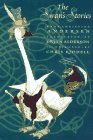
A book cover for The Swan's Stories; Hans Christian Andersen; Children's Books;